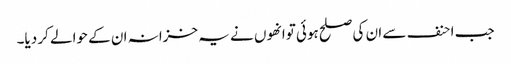
جب احنف سے ان کی صلح ہوئی توانھوں نے یہ خزانہ ان کے حوالے کر دیا۔